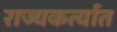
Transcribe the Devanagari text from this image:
राज्यकर्त्यात